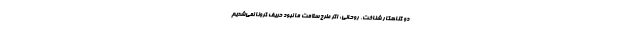
دو گناهکار شناخت. روحانی: اگر طرح سلامت ما نبود حریف کرونا نمی‌شدیم